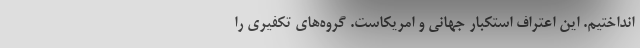
انداختیم. این اعتراف استکبار جهانی و امریکاست. گروه‌های تکفیری را